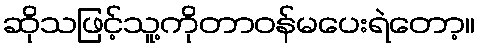
ဆိုသဖြင့်သူ့ကိုတာဝန်မပေးရဲတော့။